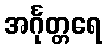
အင်္ဂုတ္တရေ